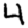
Digit: 4